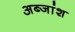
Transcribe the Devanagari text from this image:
अब्जांश